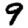
Digit: 9